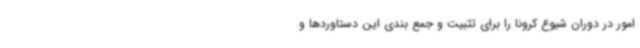
امور در دوران شیوع کرونا را برای تثبیت و جمع بندی این دستاوردها و